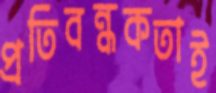
প্রতিবন্ধকতাই